Lunatic asylums United Prov. 1922-30 - 1922-1930
Year: 1922
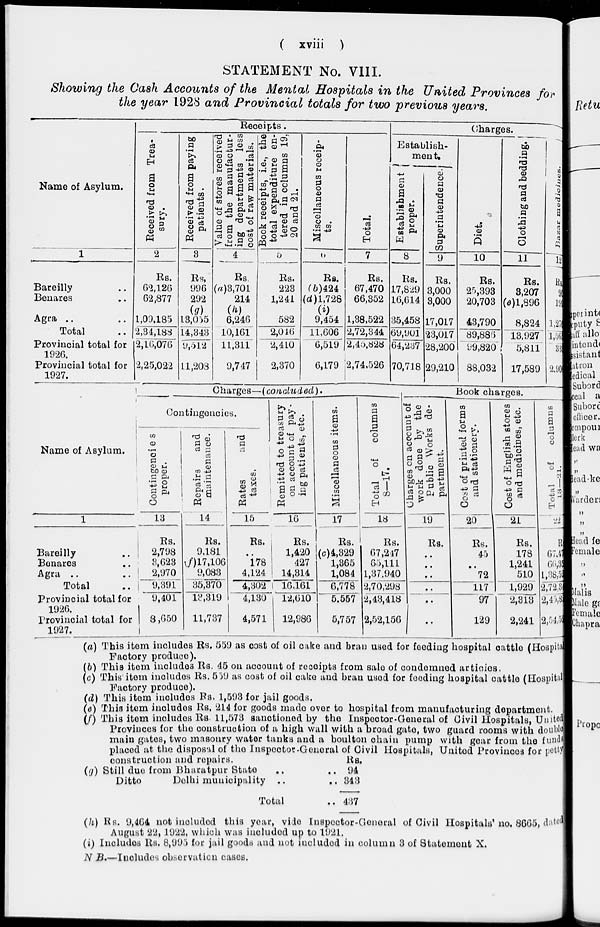
( xviii )
STATEMENT No. VIII.
Showing the Cash Accounts of the Mental Hospitals in the United Provinces for
the year 1928 and Provincial totals for two previous years.
Name of Asylum.
1
Bareilly ..
Benares ..
Agra .. ..
Total ..
Provincial total for
1926.
Provincial total for
1927.
Receipts.
Received from Trea-
sury.
2
Rs.
62,126
62,877
1,09,185
2,34,188
2,16,076
2,25,022
Received from paying
patients.
3
Rs.
996
292
(g)13,055
14,343
9,5l2
11,208
Value of stores received
from the manufactur-
ing departments less
cost of raw materials.
4
Rs.
(a)3,701
214
(h)6,246
10,161
11,311
9,747
Book receipts, i.e., the
total expenditure en-
tered in columns 19,
20 and 21.
5
Rs.
223
1,241
582
2,046
2,410
2,370
Miscellaneous receip-
ts.
6
Rs.
(b)424
(d)1,728
(i)9,454
11,606
6,519
6,179
Total.
7
Rs.
67,470
66,352
1,38,522
2,72,344
2,45,828
2,74,526
Charges.
Establish-
ment.
Establishment
proper.
8
Rs.
17,829
16,614
35,458
69,901
64,237
70,718
Superintendence.
9
Rs.
3,000
3,000
17,017
23,017
28,200
29,210
Diet.
10
Rs.
25,393
20,703
43,790
89,886
99,820
88,032
Clothing and bedding.
11
Rs.
3,207
(e)1,896
8,824
13,927
5,811
17,589
Bazar medicines.
12
Rs.
9
19
1,27
1,56
33
2,90
Name of Asylum.
1
Bareilly
..
Benares ..
Agra ..
..
Total ..
Provincial total for
1926.
Provincial total for
1927.
Charges—(concluded).
Contingencies.
Contingencies
proper.
13
Rs.
2,798
3,623
2,970
9,391
9,401
8,650
Repairs
and
maintenance.
14
Rs.
9,181
(f)17,106
9,083
35,370
13,319
11,737
Rates
and
taxes.
15
Rs.
..
178
4,124
4,302
4,130
4,571
Remitted to treasury
on account of pay-
ing patients, etc.
16
Rs.
1,420
427
14,314
16,161
12,610
12,986
Miscellaneous items.
17
Rs.
(c) 4,329
1,365
1,084
6,778
5,557
5,757
Total of columns
8—17.
18
Rs.
67,247
65,111
1,37,940
2,70,298
2,43,418
2,52,156
Book charges.
Charges on account of
work done by the
Public Works de-
partment.
19
Rs.
..
..
..
..
..
..
Cost
of printed forms
and stationery.
20
Rs.
45
..
72
117
97
129
Cost of English stores
and medicines, etc.
21
Rs.
178
1,241
510
1,929
2,313
2,241
Total
of
columns
18—21.
22
Rs.
67,47
66,35
1,38,52
2,72,34
2,45,82
2,54,52
(a) This item includes Rs. 559 as cost of oil cake and bran used for feeding hospital cattle (Hospital
Factory produce).
(b) This item includes Rs. 45 on account of receipts from sale of condomned articies.
(c) This item includes Rs. 559 as cost of oil cake and bran used for feeding hospital cattle (Hospital
Factory produce).
(d) This item includes Rs. 1,593 for jail goods.
(e) This item includes Rs. 214 for goods made over to hospital from manufacturing department.
(f) This item includes Rs. 11,573 sanctioned by the Inspector-General of Civil Hospitals, United
Provinces for the construction of a high wall with a broad gate, two guard rooms with double
main gates, two masonry water tanks and a boulton chain pump with gear from the funds
placed at the disposal of the Inspector-General of Civil Hospitals, United Provinces for petty
(g) Still due from Bhuratpur State ..
Ditto
Delhi municipality ..
Total ..
Rs.
94
343
437
(h) Rs. 9,464 not included this year, vide Inspector-General of Civil Hospitals' no. 8665, dated
August 22, 1922, which was included up to 1921.
(i) Includes Rs. 8,995 for jail goods and not included in column 3 of Statement X.
N. B.—Includes observation cases.